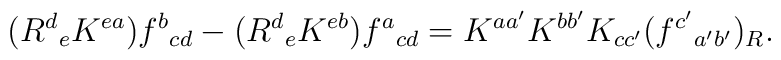
(R^{d}{}_{e}K^{ea})f^{b}{}_{cd} - (R^{d}{}_{e}K^{eb})f^{a}{}_{cd}    =K^{aa'}K^{bb'}K_{cc'}(f^{c'}{}_{a'b'})_{R}.